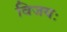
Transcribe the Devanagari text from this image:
विजयः